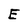
Character: E